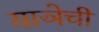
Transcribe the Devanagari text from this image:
याञेची